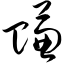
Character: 赚